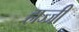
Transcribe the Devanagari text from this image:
हाज्जी